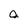
Character: a